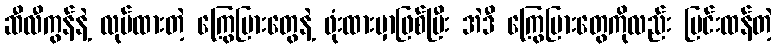
ဆီလီကွန်နဲ့ လုပ်ထားတဲ့ ကြွေပြားတွေနဲ့ ဖုံးထားမှာဖြစ်ပြီး အဲဒီ ကြွေပြားတွေကိုလည်း ပြင်းထန်တဲ့